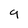
Character: 9